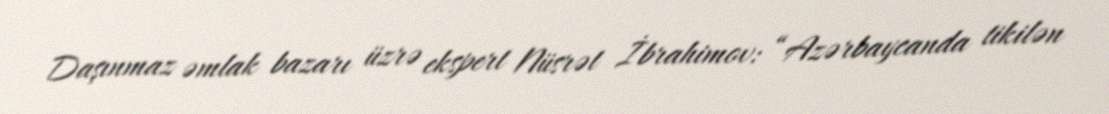
Daşınmaz əmlak bazarı üzrə ekspert Nüsrət İbrahimov: “Azərbaycanda tikilən